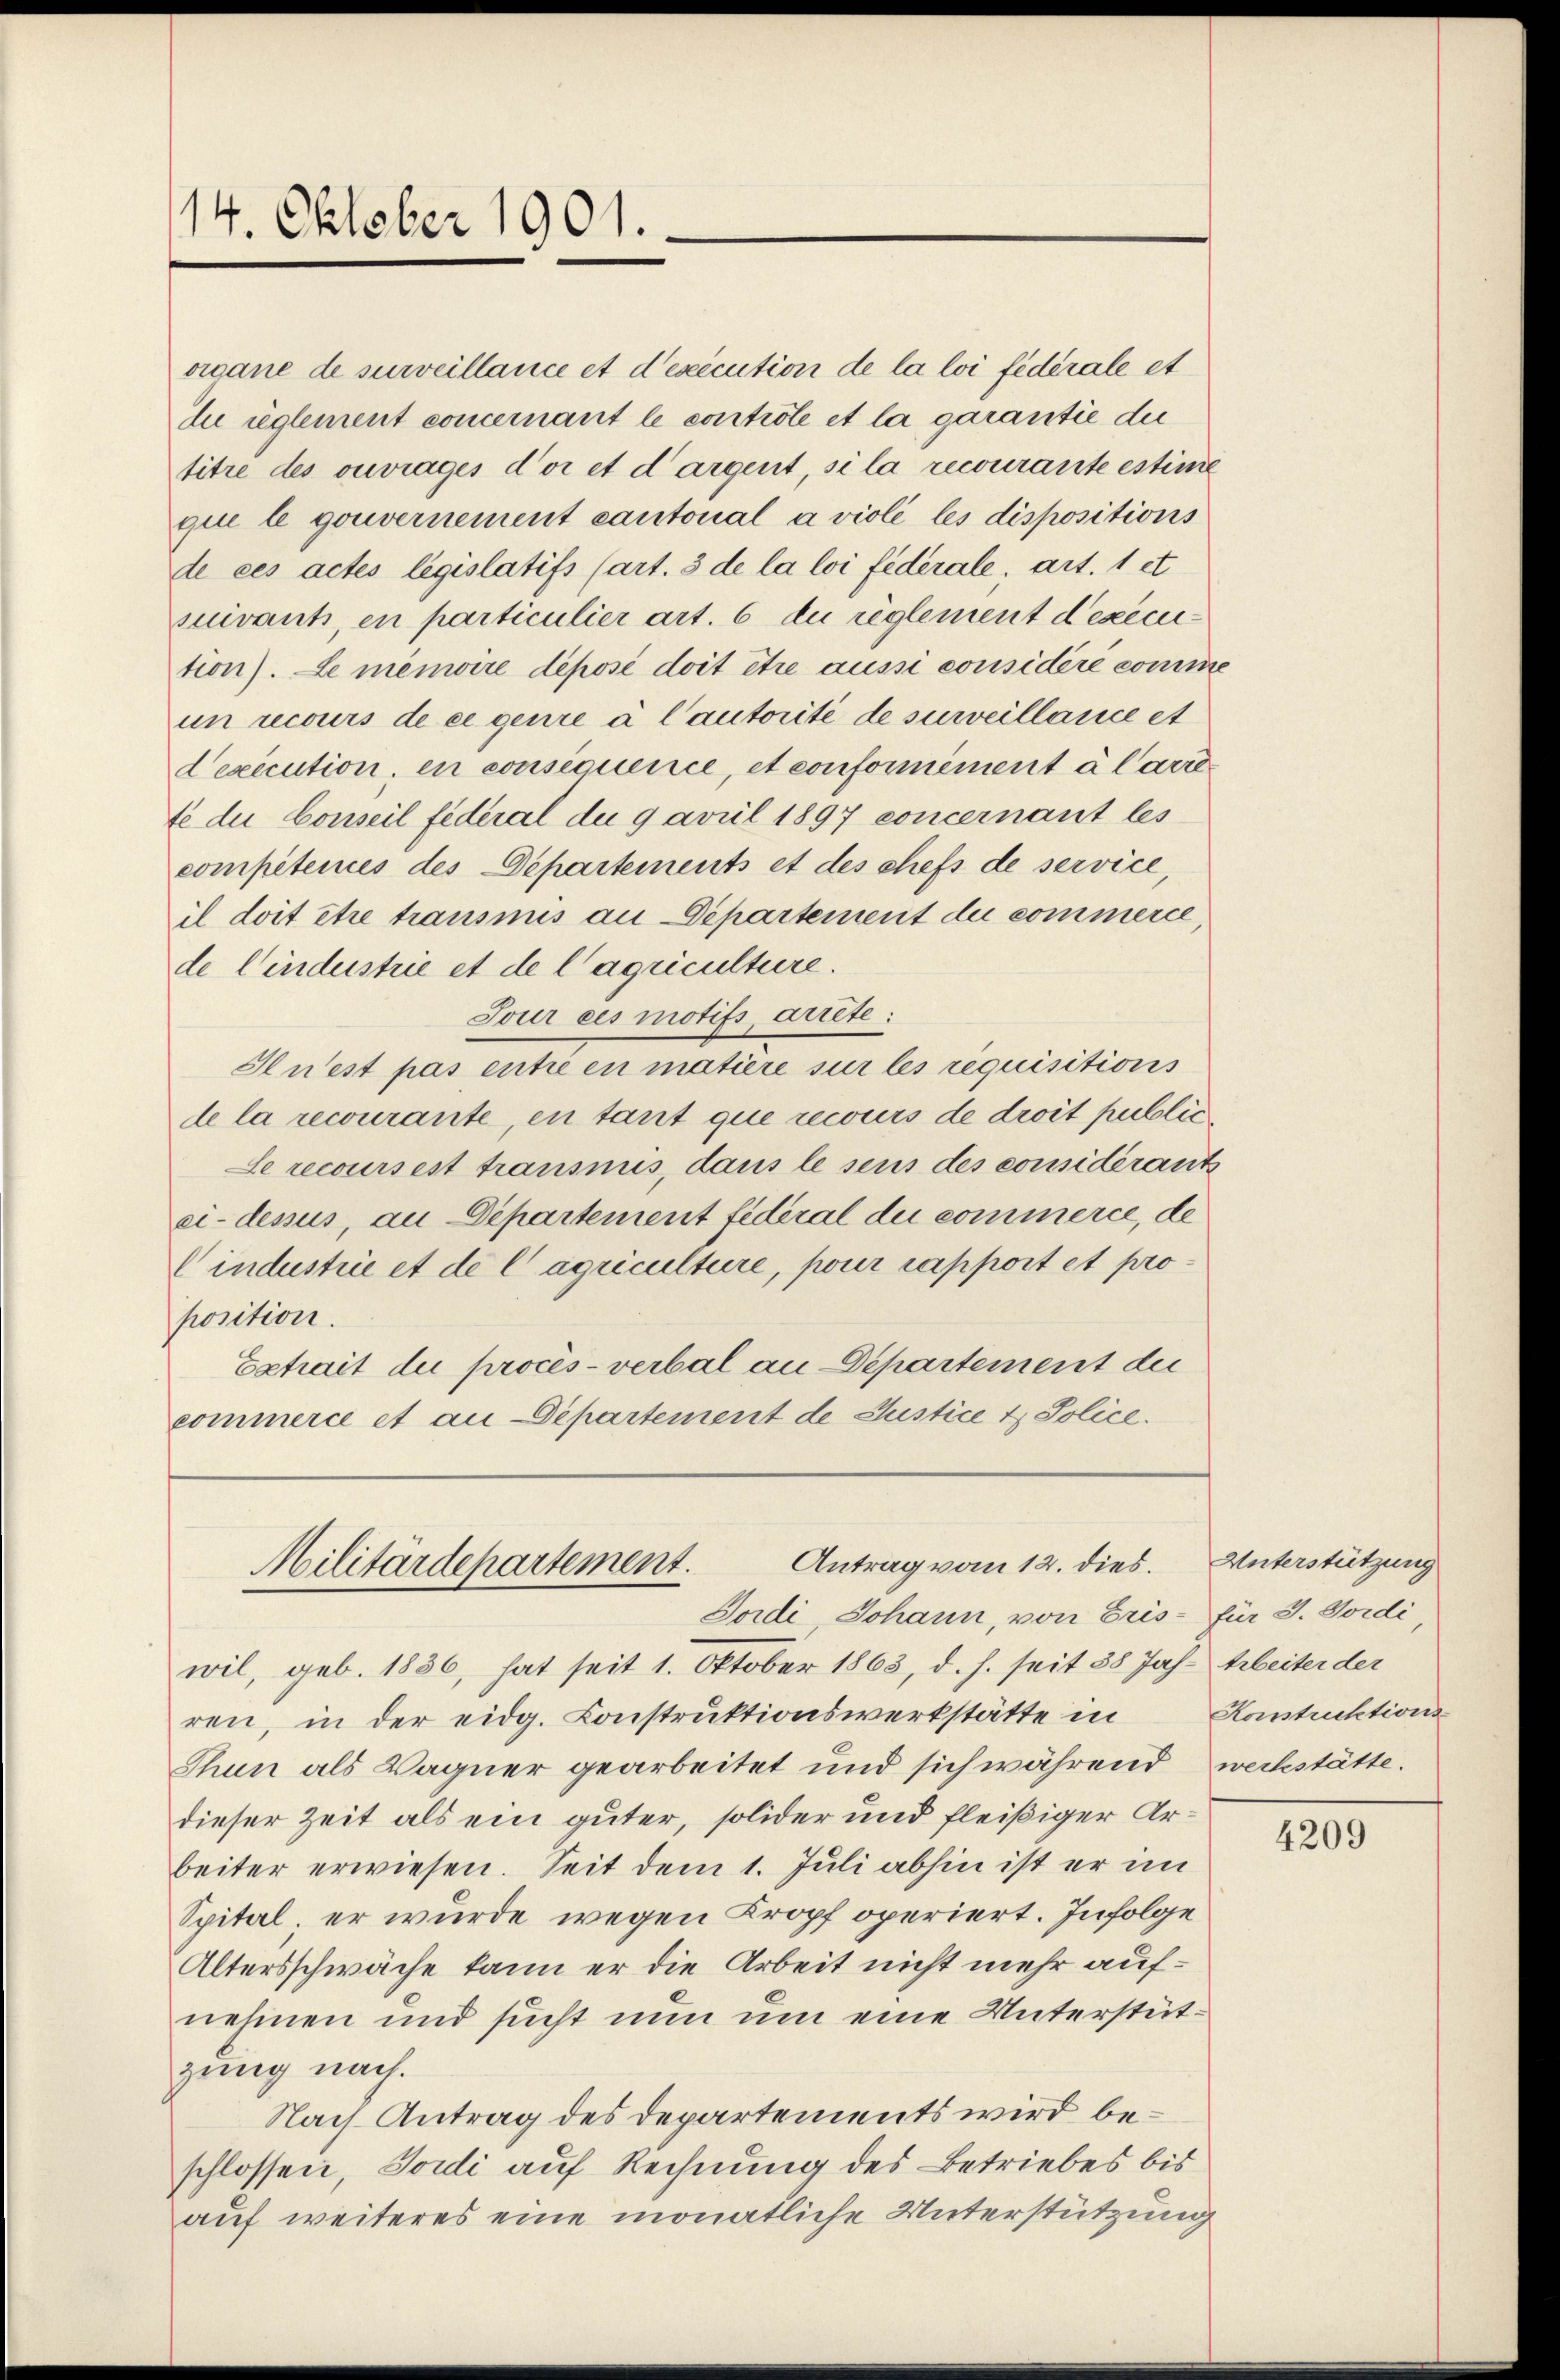
14. Oktober 1901.

organe de surveillance et d’exécution de la loi fédérale et
du reglement concernant le controle et la garantie die
titre des ouvrages d’or et dargent, si la recourante estime
que le gouvernement cantonal a violé les dispositions
de ces actes législatifs (art. 3 de la loi fédérale, art. 1 et
suivants, en particulier art. 6 du règlement d’exécution). Le menire déposé doit être aussi considérée comme
un recours de ce genre à l’autorité de surveillance et
Dexecution, en consequenice, et conformément à larrete du Conseil fédéral du 9 avril 1897 concernant les
compétences des Departements et des chefs de service
il doit être trausnus an Departement die commerce,
de Linderstrie et de l’agriculture.
Jour ces motifs, arrête:
Anest pas entre en matière sur les requisitions
de la recourante, en tant que recours de droit public
Le recoursest transmis, dans le sens des considérants
ci-dessus, an Departement fédéral du commerce, de
Cindustrie et de l’agriculture, pour rapport et proposition.
Extrait die procès-verbal an Departement der
commerce et an Departement de Justice & Police.

wil, geb. 1836, hat seit 1. Oktober 1863, d. h. seit 38 Jahr Arbeiter der
ren, in der eidg. Construktionswerkstätte in Konstrektions
Thun als Wagner gearbeitet und sich während weckstätte.
dieser Zeit als ein guter, solider und fleißiger Arbeiter erwiesen. Seit dem 1. Juli abhin ist er im
Spital, er wurde wegen Kropf operiert. Infolge
Altersschwäche kann er die Arbeit nicht mehr aufnehmen und sucht nun um eine Unterstütgung nach.
Nach Antrag des Departements wird beschlossen, Tordi auf Rechnung des Betriebes bis
auf weiteres eine monatliche Unterstützung

Antrag vom 12. dies. Unterstützung
Militärdepartement.
Soidi, Johann, von Eris- für J. Jordi

4209